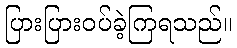
ပြားပြားဝပ်ခဲ့ကြရသည်။